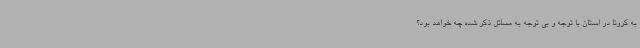
به کرونا در استان با توجه و بی توجه به مسائل ذکر شده چه خواهد بود؟